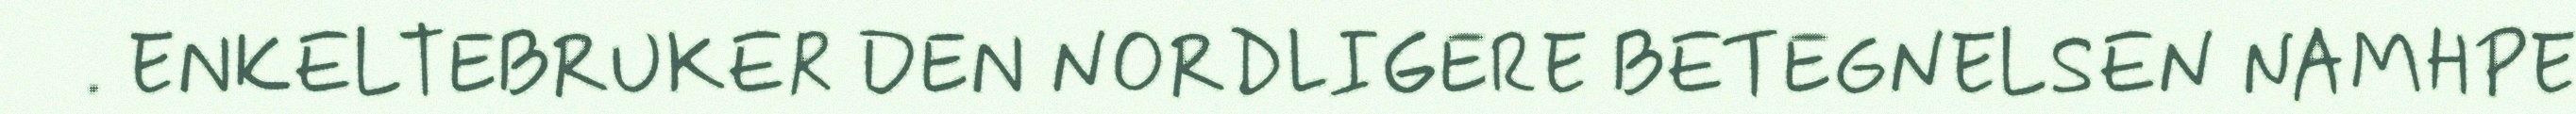
. ENKELTEBRUKER DEN NORDLIGERE BETEGNELSEN NAMHPE